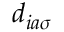
d _ { i a \sigma } ^ { }